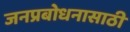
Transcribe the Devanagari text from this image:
जनप्रबोधनासाठी